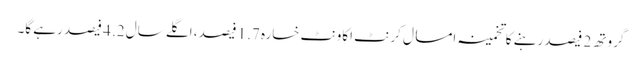
گروتھ 2 فیصد رہنے کا تخمینہ امسال کرنٹ اکاونٹ خسارہ 1.7 فیصد، اگلے سال 2. 4 فیصد رہے گا۔